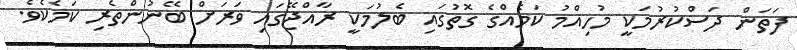
ފަތަން ދަސްކުރުމަކީ މުހިއްމު ކަމެއްގެ ގޮތުގައި ބެލުމަކީ ރާއްޖޭގައި ވަރަށް ބޭނުންތެރި ކަމެކެވެ.